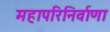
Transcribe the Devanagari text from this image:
महापरिनिर्वाणा